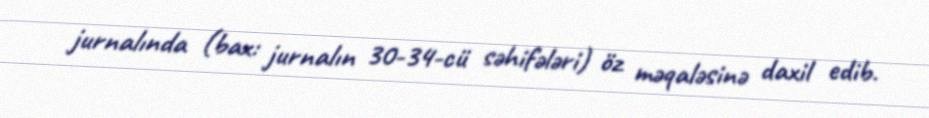
jurnalında (bax: jurnalın 30-34-cü səhifələri) öz məqaləsinə daxil edib.